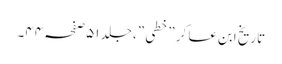
تاریخ ابن عسا کر ”خطی ”،جلد ٥١صفحہ ٤٤۔